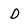
Character: D